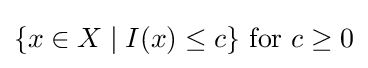
\{x\in X\mid I(x)\leq c\}{\mbox{ for }}c\geq 0